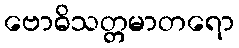
ဗောဓိသတ္တမာတရော